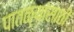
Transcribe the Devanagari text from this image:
पातळ्यांसाठी